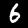
Label: 6